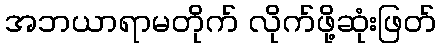
အဘယာရာမတိုက် လိုက်ဖို့ဆုံးဖြတ်